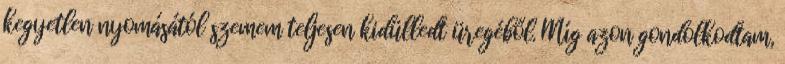
kegyetlen nyomásától szemem teljesen kidülledt üregéből. Míg azon gondolkodtam,